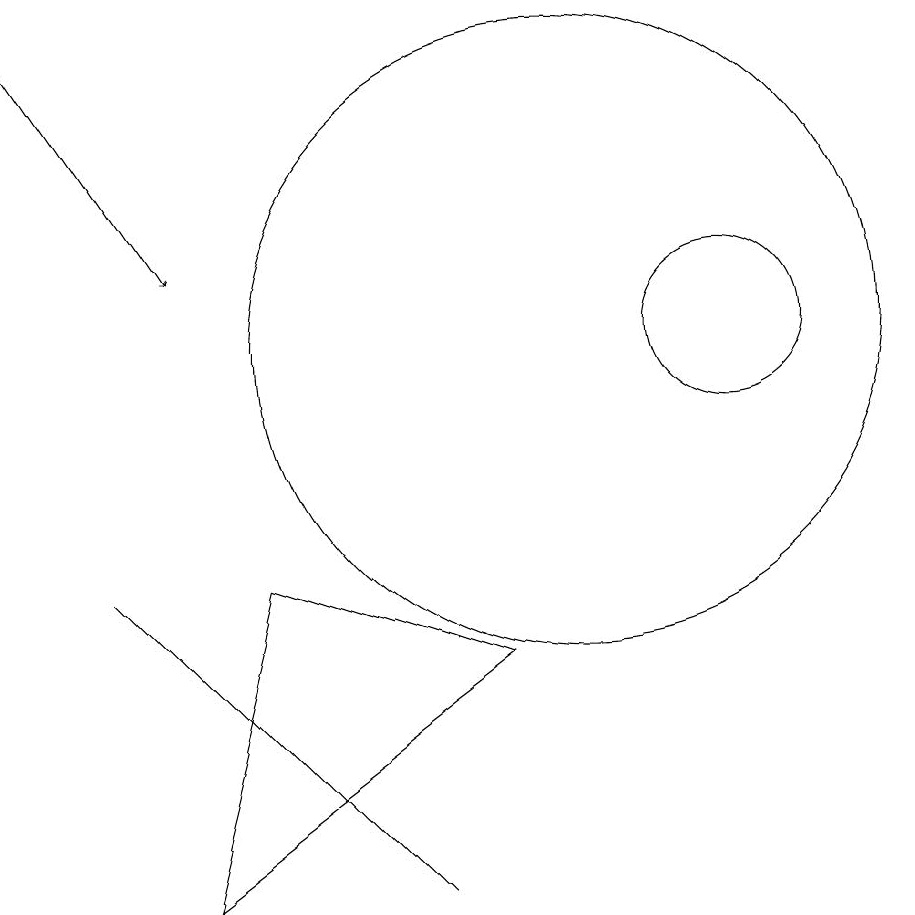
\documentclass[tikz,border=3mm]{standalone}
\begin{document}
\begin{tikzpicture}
\draw (5,3) -- (6,7) -- (9,6) -- cycle;
\draw[->] (3,14) -- (5,11);
\draw (8,3) -- (4,7) -- (6,5) -- cycle;
\draw (12,10) circle (1);
\draw (10,10) circle (4);
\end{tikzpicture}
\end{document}